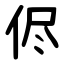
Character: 侭